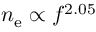
n _ { \mathrm { e } } \propto f ^ { 2 . 0 5 }